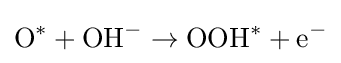
\mathrm {O} ^{*}+\mathrm {OH} ^{-}\rightarrow \mathrm {OOH} ^{*}+\mathrm {e} ^{-}